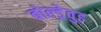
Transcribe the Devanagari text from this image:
बोल्ड्रेवुड